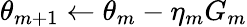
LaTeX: \theta_{m+1}\gets\theta_{m}-\eta_{m}G_{m}